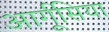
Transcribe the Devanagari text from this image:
आर्गूसिया